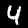
Label: 4